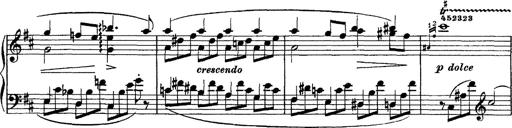
Title: Piano Sonata
Composer: Karl HÃ¤ssler
Key: C major